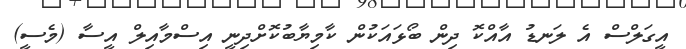
އީގަލްސް އެ ލަނޑު އާއްކޮ ދިން ބޯޅައަކުން ކާމިޔާބުކޮށްދިނީ އިސްމާއިލް އީސާ (މެސީ)